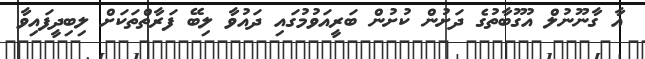
އާ ގާނޫނުލް އުގޫބާތުގެ ދަށުން ކުށުން ބަރީއަވުމުގައި ދައުވާ ލިބޭ ފަރާތްތަކަށް ލިބިދީފައިވާ